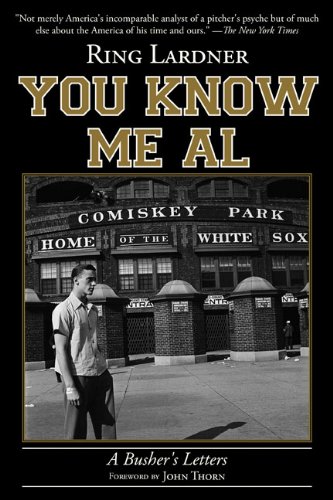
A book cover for You Know Me Al: A Busher's Letters; Ring Lardner; Literature & Fiction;